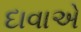
દાવાએ